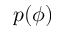
p ( \phi )